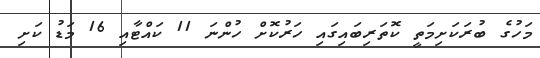
މަހުގެ ބުރަކަށިމަތީ ކޮތަރިބައިގައި ހަރުކޮށް ހުންނަ 11 ކައްޓާއި 16 މަޑު ކަށި